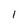
Character: I